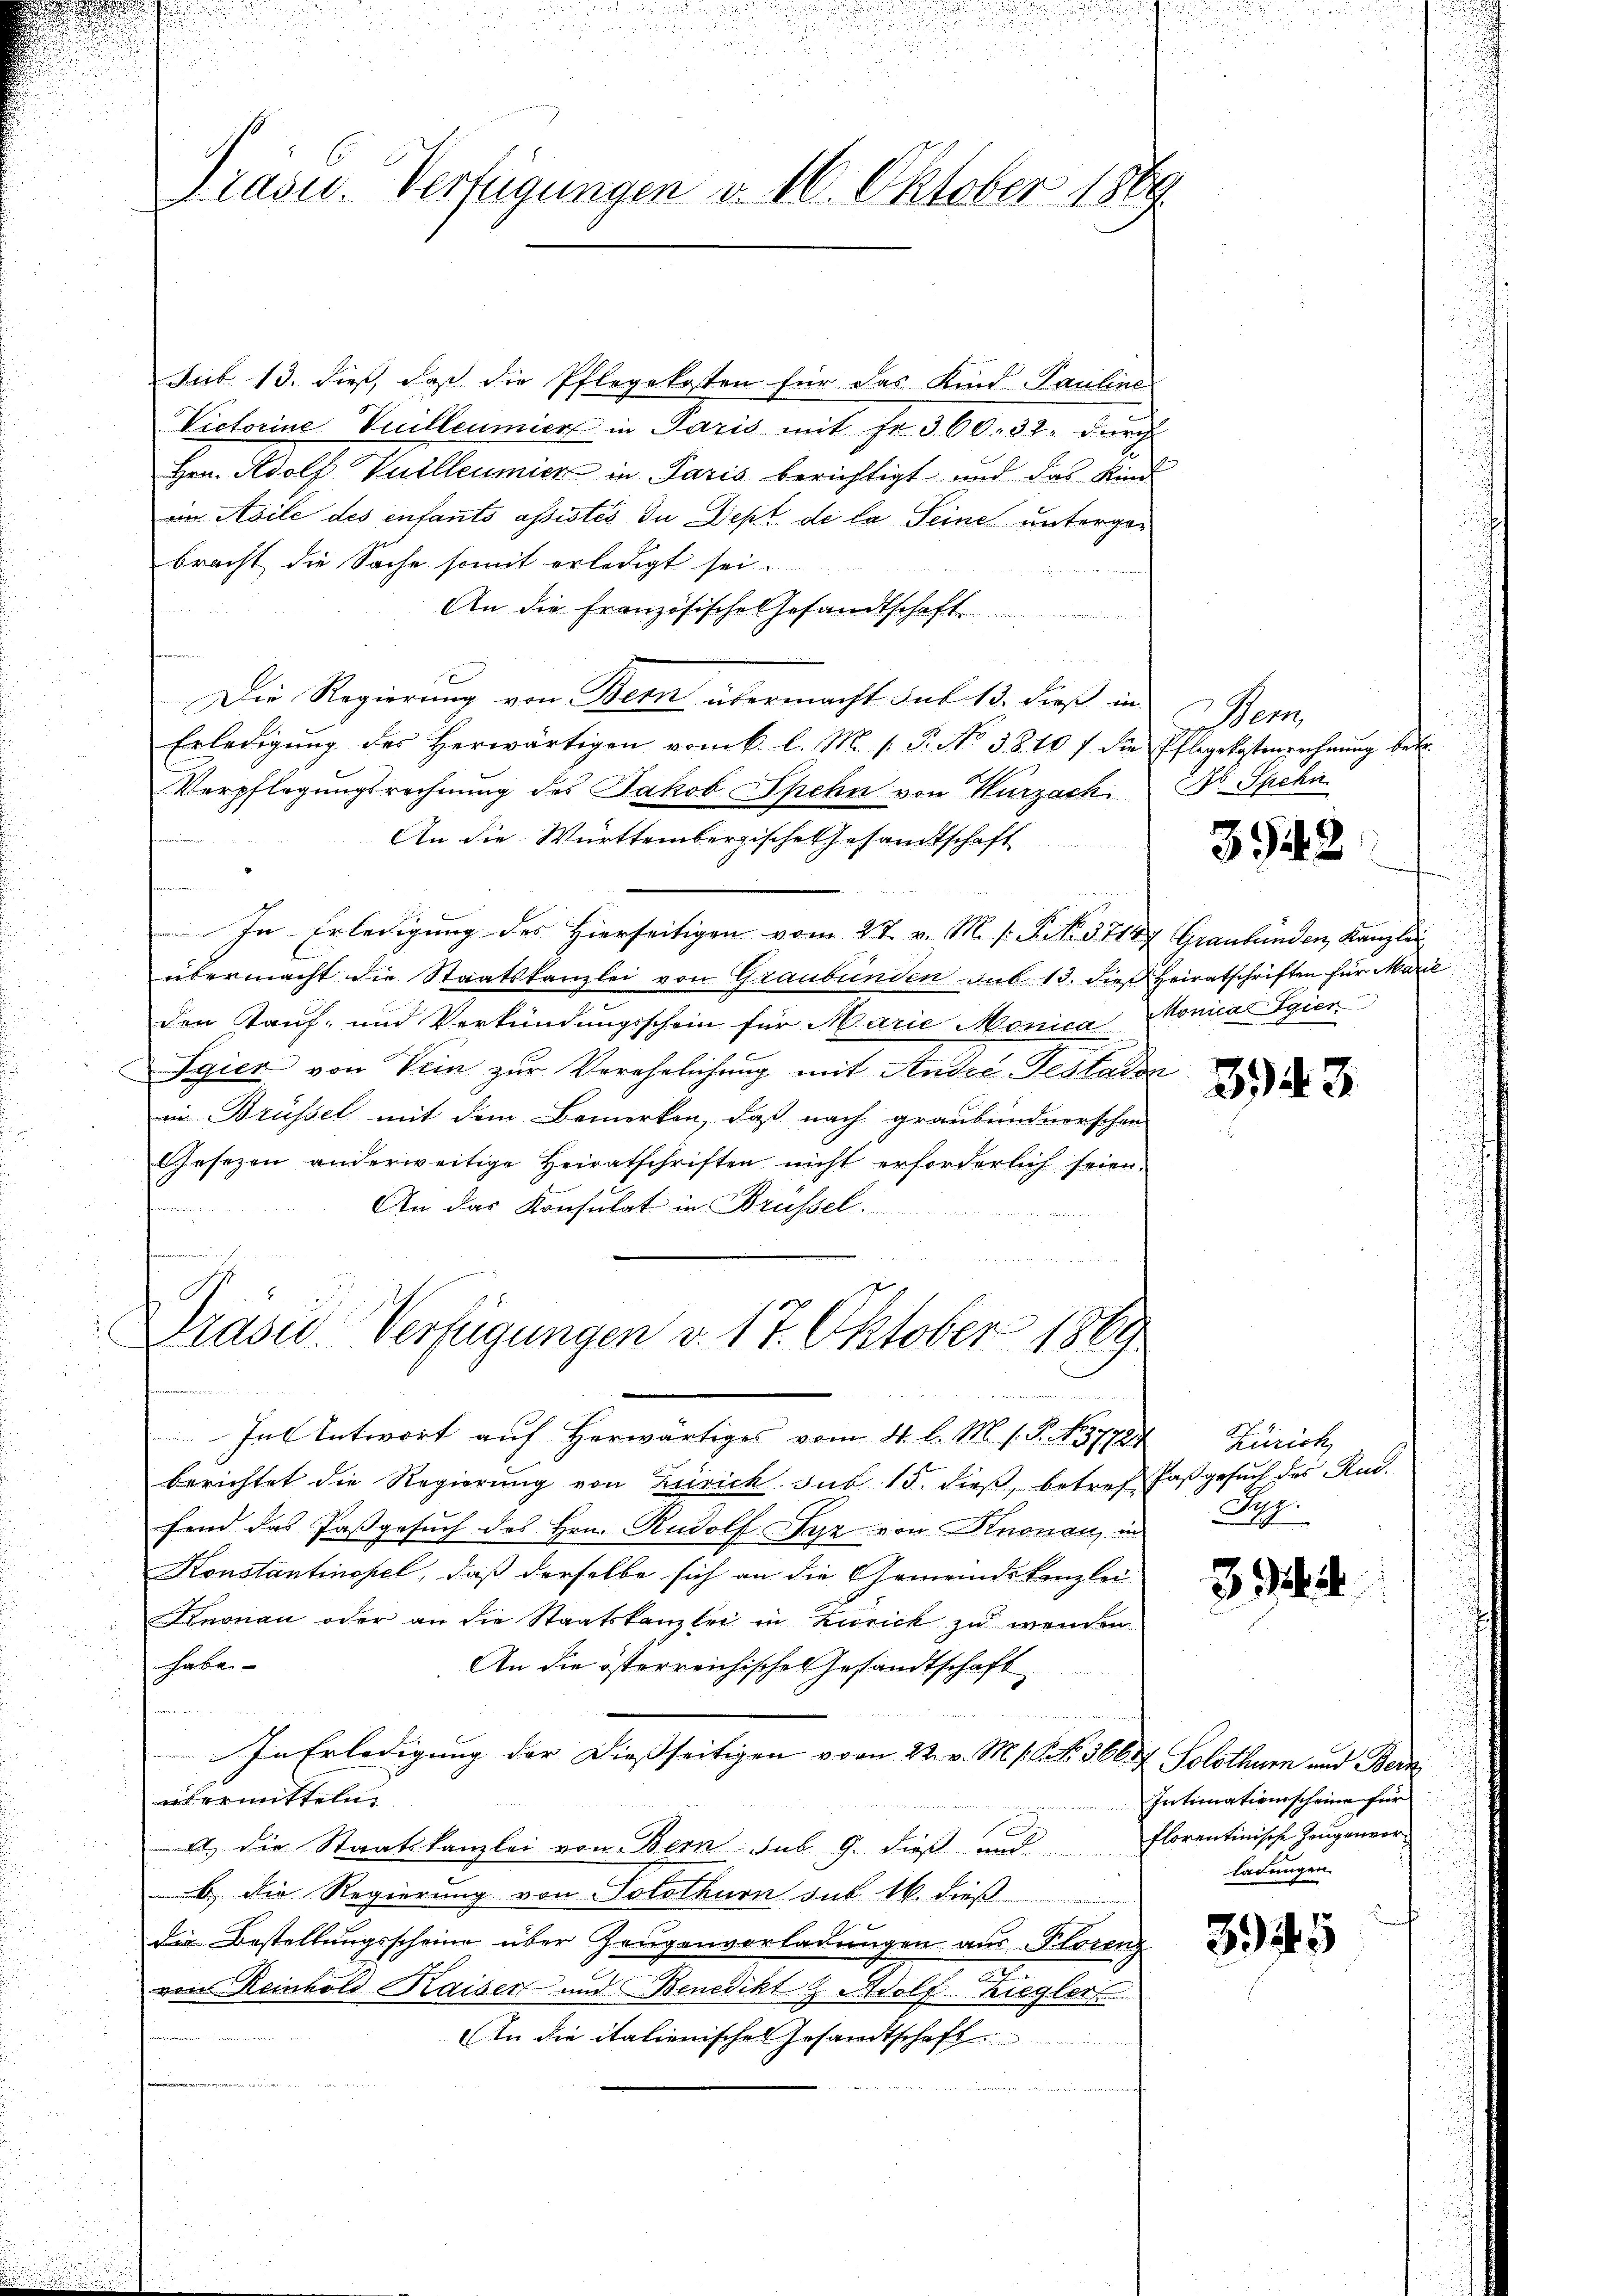
Jub 13. dieß, daß die Pflegekosten für das Kind Pauline
Victorine Vuilleumier in Paris mit Fr. 360. 32 durch
Hrn. Adolf Vuilleumier in Paris berichtigt und das Kind
emn Avile des enfants assistes In Dept de la Seine untergebracht die Sache somit erledigt sei.
An die Französische Gesandtschaft
  wenn der
Die Regierung von Bern übermacht sub 13. dieß in
Erledigŭng des herwärtigen vom k. l. M. s. S. No 3810 f die Pflegekostenrechnŭng be-
Verpflegungsrechnung des Jakob Spehn von Kurzach
An die Württembergische Gesandtschaft
u
In Erledigung des Hierseitigen vom 27. v. M. s. Frk. 5714 Graubünden, Kanzlei
übermacht die Staatskanzlei von Graubünden sub 13. dieß Heiratschriften für Marie
den Kauf- und Verkündungsschein für Marie Monica Monicar Egier
Sgier von Vein zŭr Verehelichung mit Andre Testator
in Brüssel mit dem Bemerken, daß nach graubündnerschen
Gesezen anderweitige Heiratschriften nicht erforderlich seien.

An das Konsulat in Brüssel.
Drasc. Verfügungen v. 17. Oktober 1869
.
In Antwort auf herwärtiges vom 4. l. M. s. S. N. 37787
berichtet die Regierung von Zürich. sub 15. dieß, betref Faß gesuch des Rud.
fend das Pasgesuch des Hrn. Rudolf Syz von Knonau, in
Konstantinopel, daß derselbe sich an die Gemeindskanzlei
Knonau oder an die Staatskanzlei in Zurick zu wenden
habe
An die österreichischen Gesandtschaft
In Erledigung der Dießseitigen vom 22. v. M. s. S. 36657 Solothur und Bern
ut ermitteln,
A.) Die Staatskanzlei von Bern sub 9. dieß und florentinische Zeugenvor-
b.) Die Regierung von Solothurn sub 16. dieß
die Bestellungsscheine über Zeugenvorladungen aus Florenz
von Reinhold Kaiser und Benedikt z. Adolf-Ziegler
An die italienisches Gesandtschaft

Präsid.. Verfügungen v. 16. Oktober 1889.

en
No Spehn

3942

394. 3

Zürich
Sep.

3.

Intimationsscheine für
ladungen.

345